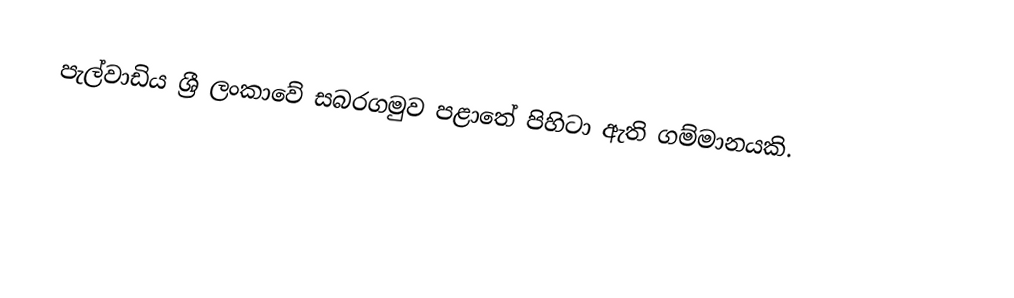
පැල්වාඩිය ශ්‍රී ලංකාවේ සබරගමුව පළාතේ පිහිටා ඇති ගම්මානයකි.